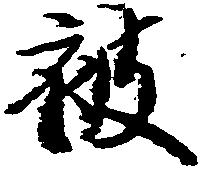
被